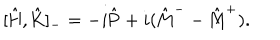
[ \hat { \mathrm { H } } , \hat { \mathrm { K } } ] _ { - } = - i \hat { \mathrm { P } } + i ( \hat { \mathrm { M } } ^ { - } - \hat { \mathrm { M } } ^ { + } ) .